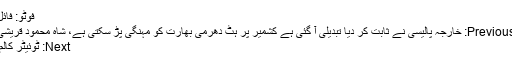
فوٹو: فائل
Previous: خارجہ پالیسی نے ثابت کر دیا تبدیلی آ گئی ہے کشمیر پر ہٹ دھرمی بھارت کو مہنگی پڑ سکتی ہے، شاہ محمود قریشی
Next: ٹوئیٹر کالم۔